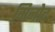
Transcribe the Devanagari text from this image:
मिनोद